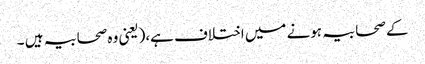
کے صحابیہ ہونے میں اختلاف ہے،(یعنی وہ صحابیہ ہیں ۔